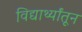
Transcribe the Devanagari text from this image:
विद्यार्थ्यांतून